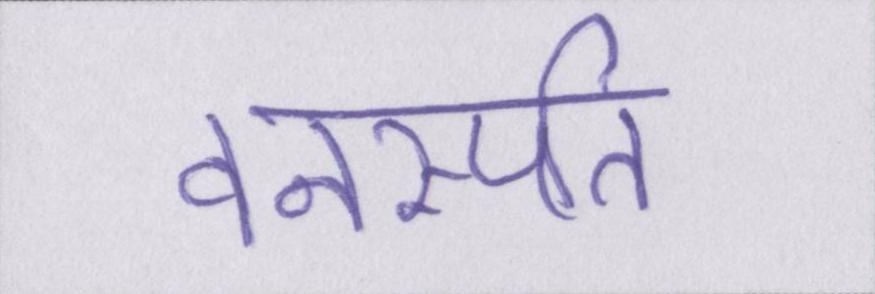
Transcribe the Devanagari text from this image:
वनस्पति